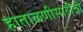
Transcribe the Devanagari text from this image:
हाताळणीसाठीची